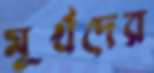
মূর্খদের